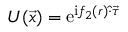
U ( \vec { x } ) = { \mathrm { e } } ^ { \mathrm { i } f _ { 2 } ( r ) \hat { \cdot } \vec { \tau } }